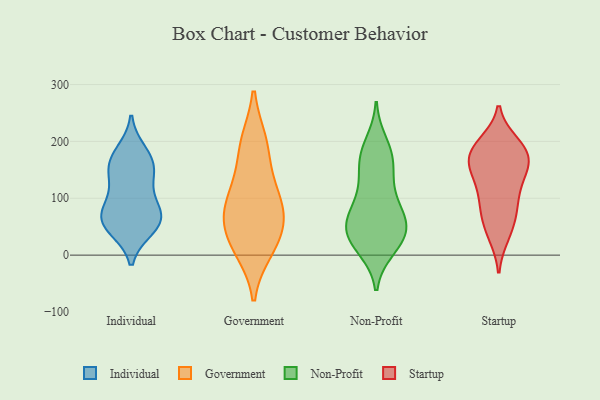
{"axis": {"x": "Active Users", "y": "Value"}, "legend": ["Government", "Individual", "Non-Profit", "Startup"], "data": [{"x": "", "y": 103, "type": "Individual"}, {"x": "", "y": 162, "type": "Individual"}, {"x": "", "y": 75, "type": "Individual"}, {"x": "", "y": 62, "type": "Individual"}, {"x": "", "y": 132, "type": "Individual"}, {"x": "", "y": 74, "type": "Individual"}, {"x": "", "y": 165, "type": "Individual"}, {"x": "", "y": 149, "type": "Individual"}, {"x": "", "y": 60, "type": "Individual"}, {"x": "", "y": 47, "type": "Individual"}, {"x": "", "y": 181, "type": "Individual"}, {"x": "", "y": 52, "type": "Individual"}, {"x": "", "y": 101, "type": "Government"}, {"x": "", "y": 39, "type": "Government"}, {"x": "", "y": 136, "type": "Government"}, {"x": "", "y": 16, "type": "Government"}, {"x": "", "y": 73, "type": "Government"}, {"x": "", "y": 89, "type": "Government"}, {"x": "", "y": 10, "type": "Government"}, {"x": "", "y": 62, "type": "Government"}, {"x": "", "y": 198, "type": "Government"}, {"x": "", "y": 195, "type": "Government"}, {"x": "", "y": 52, "type": "Non-Profit"}, {"x": "", "y": 102, "type": "Non-Profit"}, {"x": "", "y": 58, "type": "Non-Profit"}, {"x": "", "y": 197, "type": "Non-Profit"}, {"x": "", "y": 11, "type": "Non-Profit"}, {"x": "", "y": 152, "type": "Non-Profit"}, {"x": "", "y": 93, "type": "Non-Profit"}, {"x": "", "y": 183, "type": "Non-Profit"}, {"x": "", "y": 174, "type": "Non-Profit"}, {"x": "", "y": 52, "type": "Non-Profit"}, {"x": "", "y": 88, "type": "Non-Profit"}, {"x": "", "y": 46, "type": "Non-Profit"}, {"x": "", "y": 18, "type": "Non-Profit"}, {"x": "", "y": 15, "type": "Non-Profit"}, {"x": "", "y": 134, "type": "Non-Profit"}, {"x": "", "y": 57, "type": "Non-Profit"}, {"x": "", "y": 48, "type": "Non-Profit"}, {"x": "", "y": 163, "type": "Non-Profit"}, {"x": "", "y": 29, "type": "Non-Profit"}, {"x": "", "y": 152, "type": "Startup"}, {"x": "", "y": 35, "type": "Startup"}, {"x": "", "y": 162, "type": "Startup"}, {"x": "", "y": 162, "type": "Startup"}, {"x": "", "y": 180, "type": "Startup"}, {"x": "", "y": 138, "type": "Startup"}, {"x": "", "y": 68, "type": "Startup"}, {"x": "", "y": 177, "type": "Startup"}, {"x": "", "y": 42, "type": "Startup"}, {"x": "", "y": 196, "type": "Startup"}, {"x": "", "y": 193, "type": "Startup"}, {"x": "", "y": 90, "type": "Startup"}, {"x": "", "y": 185, "type": "Startup"}, {"x": "", "y": 131, "type": "Startup"}, {"x": "", "y": 106, "type": "Startup"}, {"x": "", "y": 82, "type": "Startup"}]}